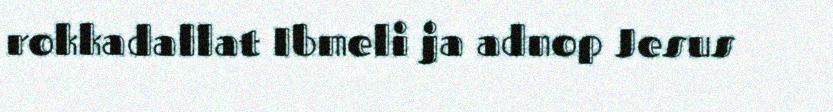
rokkadallat Ibmeli ja adnop Jesus